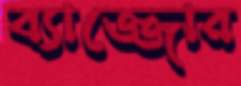
ব্যাজ্জোর